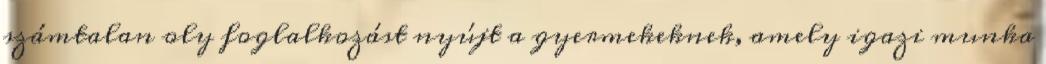
számtalan oly foglalkozást nyújt a gyermekeknek, amely igazi munka